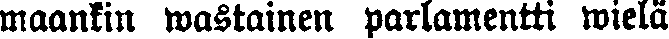
maankin wastainen parlamentti wielä